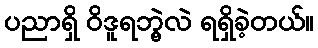
ပညာရှိ ဝိဒူရဘွဲ့လဲ ရရှိခဲ့တယ်။